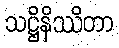
သဋ္ဌိနိဿိတာ